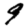
Digit: 9